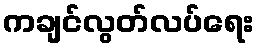
ကချင်လွတ်လပ်ရေး